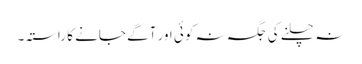
نہ چلنے کی جگہ نہ کوئی اور آگے جانے کا راستہ۔